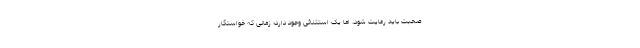
صحبت باید رعایت شود، اما یک استثنائی وجود دارد؛ زمانی که خواستگار